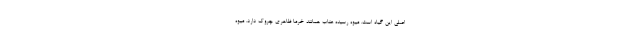
اصلی این گیاه است. میوه رسیده عناب همانند خرما ظاهری چروک دارد. میوه